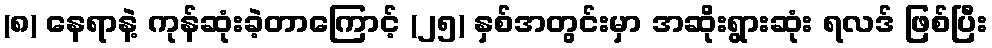
(၈) နေရာနဲ့ ကုန်ဆုံးခဲ့တာကြောင့် (၂၅) နှစ်အတွင်းမှာ အဆိုးရွားဆုံး ရလဒ် ဖြစ်ပြီး